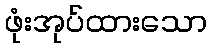
ဖုံးအုပ်ထားသော